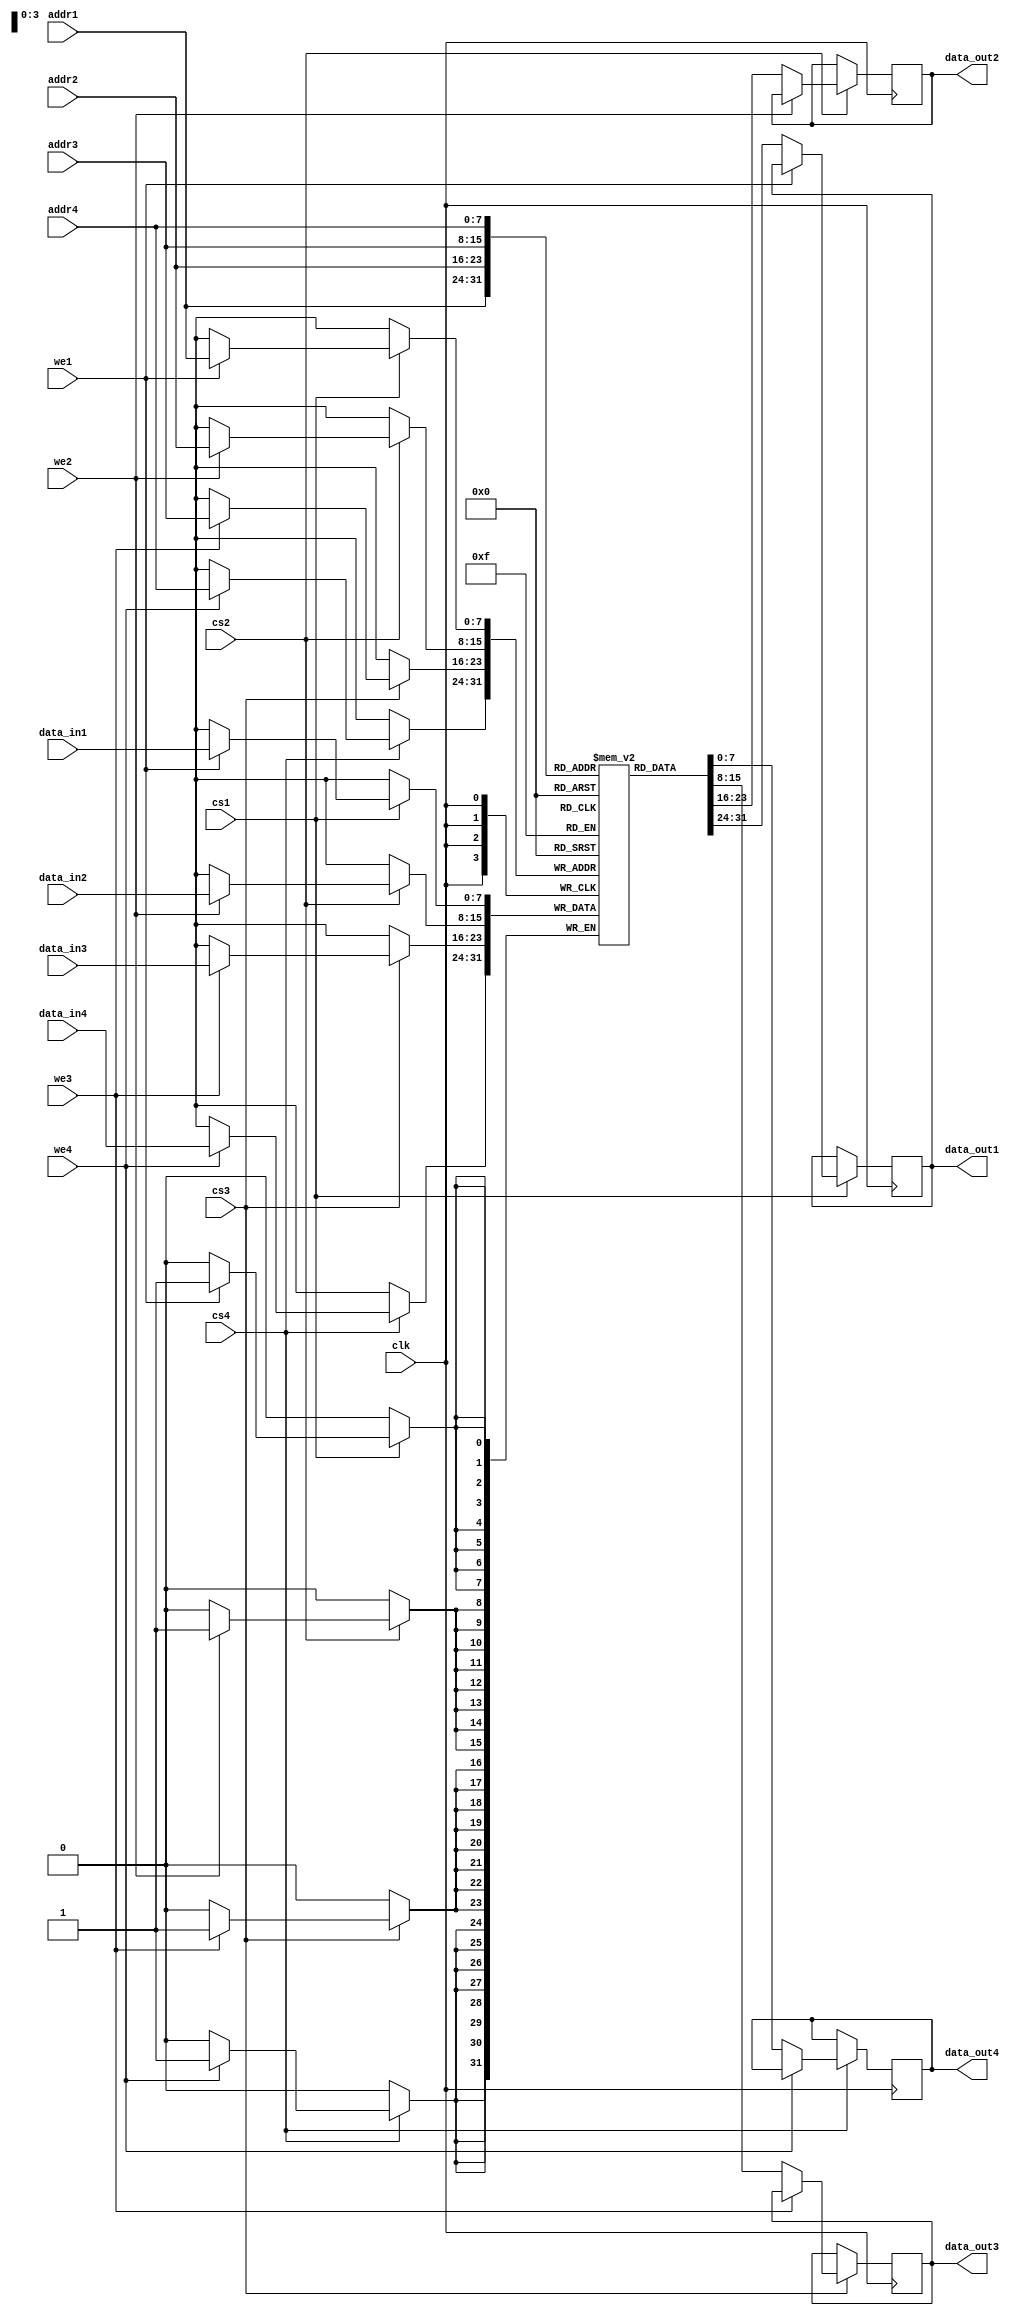
module Quad_Port_SRAM #(
    parameter DATA_WIDTH = 8,      // Data width: 8-bit, 16-bit, 32-bit, etc.
    parameter ADDR_WIDTH = 8,      // Address width - allows for 2^ADDR_WIDTH locations
    parameter MEM_SIZE = (1 << ADDR_WIDTH) // Total memory size
) (
    input wire clk,                 // Clock signal
    input wire [ADDR_WIDTH-1:0] addr1, // Address for Port 1
    input wire [DATA_WIDTH-1:0] data_in1, // Data input for Port 1
    input wire we1,                // Write Enable for Port 1
    input wire cs1,                // Chip Select for Port 1
    output reg [DATA_WIDTH-1:0] data_out1, // Data output for Port 1
    
    input wire [ADDR_WIDTH-1:0] addr2, // Address for Port 2
    input wire [DATA_WIDTH-1:0] data_in2, // Data input for Port 2
    input wire we2,                // Write Enable for Port 2
    input wire cs2,                // Chip Select for Port 2
    output reg [DATA_WIDTH-1:0] data_out2, // Data output for Port 2

    input wire [ADDR_WIDTH-1:0] addr3, // Address for Port 3
    input wire [DATA_WIDTH-1:0] data_in3, // Data input for Port 3
    input wire we3,                // Write Enable for Port 3
    input wire cs3,                // Chip Select for Port 3
    output reg [DATA_WIDTH-1:0] data_out3, // Data output for Port 3

    input wire [ADDR_WIDTH-1:0] addr4, // Address for Port 4
    input wire [DATA_WIDTH-1:0] data_in4, // Data input for Port 4
    input wire we4,                // Write Enable for Port 4
    input wire cs4,                // Chip Select for Port 4
    output reg [DATA_WIDTH-1:0] data_out4  // Data output for Port 4
);

    // Memory array
    reg [DATA_WIDTH-1:0] mem [0:MEM_SIZE-1]; // Declare memory array

    // Read/Write operation
    always @(posedge clk) begin
        // Port 1
        if (cs1) begin
            if (we1) begin
                mem[addr1] <= data_in1; // Write data to memory
            end else begin
                data_out1 <= mem[addr1]; // Read data from memory
            end
        end

        // Port 2
        if (cs2) begin
            if (we2) begin
                mem[addr2] <= data_in2; // Write data to memory
            end else begin
                data_out2 <= mem[addr2]; // Read data from memory
            end
        end

        // Port 3
        if (cs3) begin
            if (we3) begin
                mem[addr3] <= data_in3; // Write data to memory
            end else begin
                data_out3 <= mem[addr3]; // Read data from memory
            end
        end
        
        // Port 4
        if (cs4) begin
            if (we4) begin
                mem[addr4] <= data_in4; // Write data to memory
            end else begin
                data_out4 <= mem[addr4]; // Read data from memory
            end
        end
    end
endmodule